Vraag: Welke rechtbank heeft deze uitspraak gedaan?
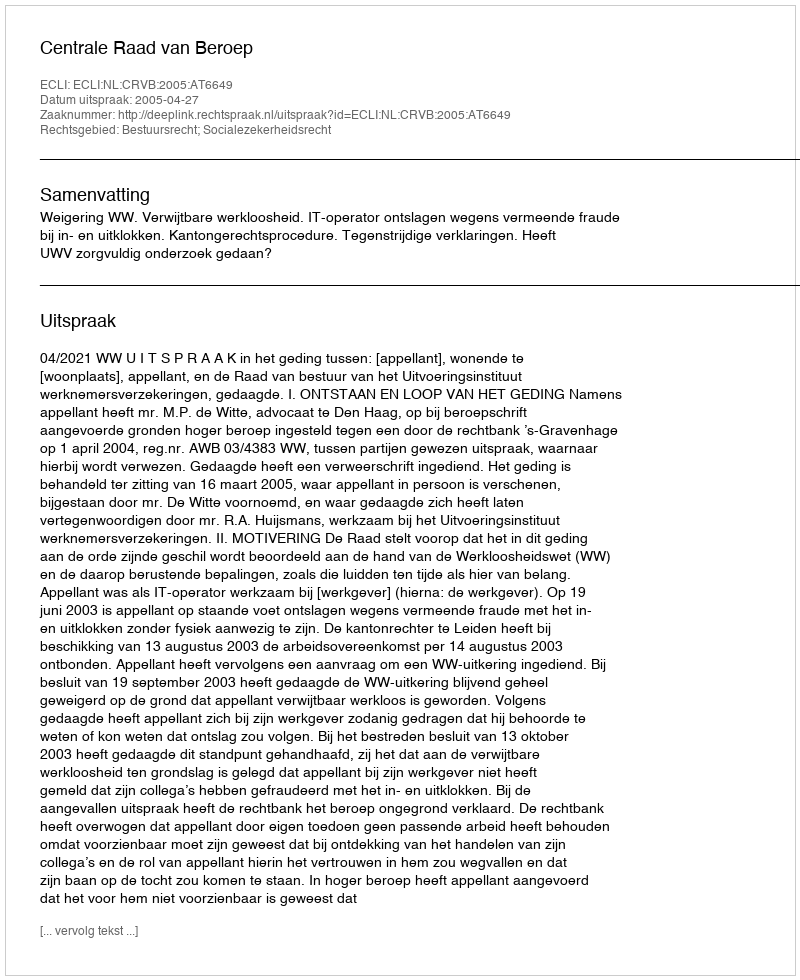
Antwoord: Centrale Raad van Beroep